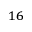
^ { 1 6 }